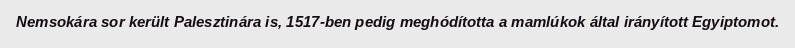
Nemsokára sor került Palesztinára is, 1517-ben pedig meghódította a mamlúkok által irányított Egyiptomot.